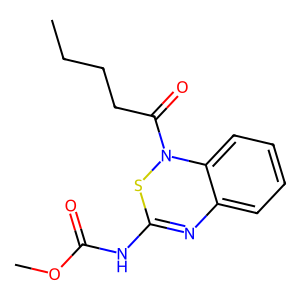
SMILES: CCCCC(=O)N1SC(NC(=O)OC)=Nc2ccccc21
Inhibits HIV replication: No